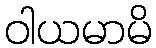
ဝါယမာမိ